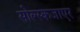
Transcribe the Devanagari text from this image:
सोल्स्कजाएर